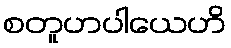
စတူဟပါယေဟိ